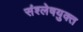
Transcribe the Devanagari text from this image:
संश्लेषयुक्त